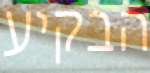
הבקיע